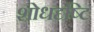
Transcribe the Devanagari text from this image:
शोधदृष्टि